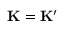
{ \bf K } = { \bf K } ^ { \prime }